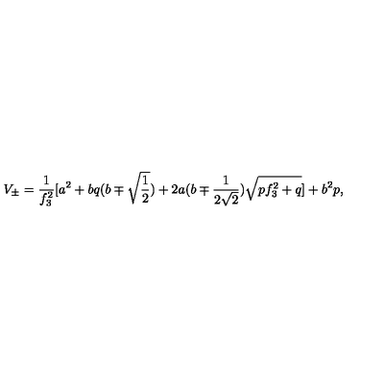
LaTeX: V _ { \pm } = \frac { 1 } { f _ { 3 } ^ { 2 } } \lbrack a ^ { 2 } + b q ( b \mp \sqrt { \frac 1 2 } ) + 2 a ( b \mp \frac { 1 } { 2 \sqrt { 2 } } ) \sqrt { p f _ { 3 } ^ { 2 } + q } \rbrack + b ^ { 2 } p ,